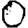
Digit: 0